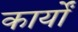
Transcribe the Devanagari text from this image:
कार्योंं